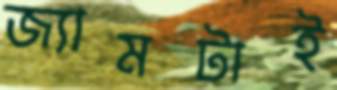
জ্যামটাই